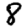
Digit: 8